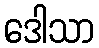
ဒေါသာ